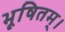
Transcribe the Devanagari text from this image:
भूषितम्।